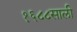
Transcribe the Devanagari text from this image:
१६८८साली